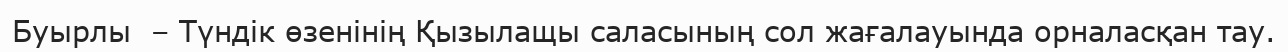
Буырлы  – Түндік өзенінің Қызылащы саласының сол жағалауында орналасқан тау.